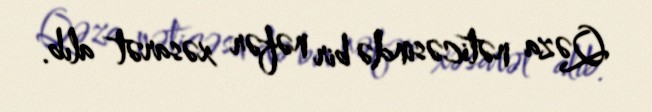
Qəza nəticəsində bir nəfər xəsarət alıb.